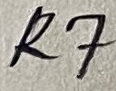
Text: R7